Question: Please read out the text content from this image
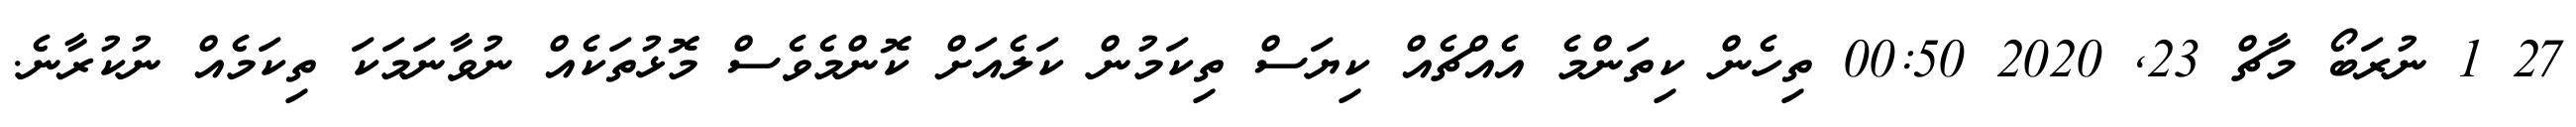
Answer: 27 1 ނުރަބޯ މާޗް 23, 2020 00:50 ތިހެން ކިތަންމެ އެއްޗެއް ކިޔަސް ތިކަމުން ކަލެއަށް ކޮންމެވެސް މޮޅުތަކެއް ނުވާނަމަކަ ތިކަމެއް ނުކުރާނެ.